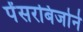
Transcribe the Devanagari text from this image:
पेंसरबिजोर्ने